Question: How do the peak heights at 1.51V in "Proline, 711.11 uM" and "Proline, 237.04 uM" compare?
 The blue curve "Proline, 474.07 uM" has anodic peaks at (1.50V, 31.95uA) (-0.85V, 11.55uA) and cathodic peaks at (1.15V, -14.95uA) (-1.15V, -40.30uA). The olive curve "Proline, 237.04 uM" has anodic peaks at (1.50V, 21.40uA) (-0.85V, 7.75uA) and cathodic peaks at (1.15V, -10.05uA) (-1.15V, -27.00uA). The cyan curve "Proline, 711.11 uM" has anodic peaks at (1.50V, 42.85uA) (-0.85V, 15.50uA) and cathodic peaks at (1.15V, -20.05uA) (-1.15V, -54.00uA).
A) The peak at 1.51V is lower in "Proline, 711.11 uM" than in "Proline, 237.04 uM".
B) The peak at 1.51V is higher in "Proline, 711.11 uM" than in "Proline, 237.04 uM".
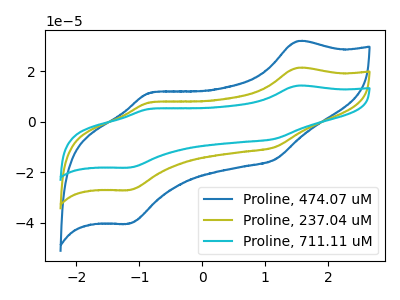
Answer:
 <answer>B) The peak at 1.51V is higher in "Proline, 711.11 uM" than in "Proline, 237.04 uM".</answer>
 <eval>B</eval>